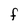
Character: F